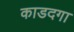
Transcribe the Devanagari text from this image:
काडदगा